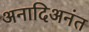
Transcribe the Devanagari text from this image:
अनादिअनंत